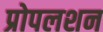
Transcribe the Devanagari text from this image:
प्रोपलशन